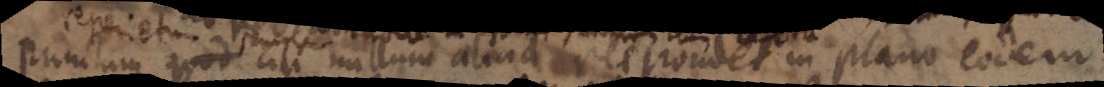
punctum quod cili nullum aliud respondet in plano eodem